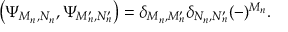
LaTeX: \left( \Psi _ { M _ { n } , N _ { n } } , \Psi _ { M _ { n } ^ { \prime } , N _ { n } ^ { \prime } } \right) = \delta _ { M _ { n } , M _ { n } ^ { \prime } } \delta _ { N _ { n } , N _ { n } ^ { \prime } } ( - ) ^ { M _ { n } } .